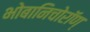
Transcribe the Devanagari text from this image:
भोबानिचोरॉण्